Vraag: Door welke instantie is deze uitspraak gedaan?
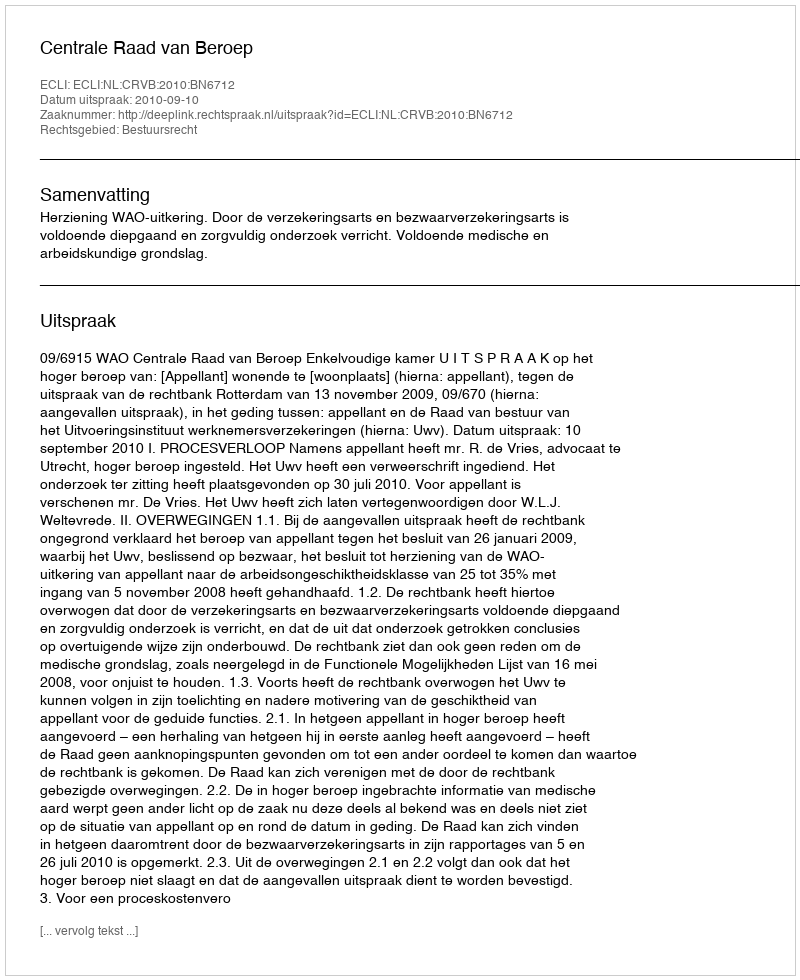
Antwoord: Centrale Raad van Beroep